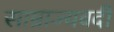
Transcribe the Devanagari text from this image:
साम्राज्यवदी